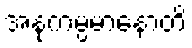
အနုကမ္ပမာနောတိ